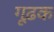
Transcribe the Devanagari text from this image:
गूढ़क